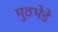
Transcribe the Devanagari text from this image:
मुठभेडे